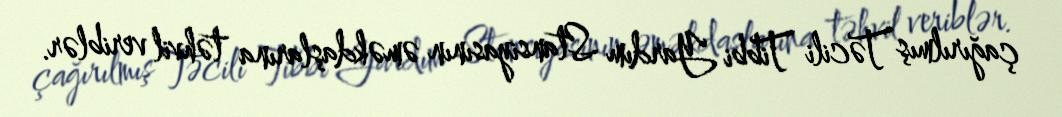
çağırılmış Təcili Tibbi Yardım Stansiyasının əməkdaşlarına təhvil veriblər.